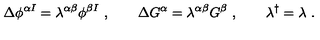
\Delta \phi ^ { \alpha I } = \lambda ^ { \alpha \beta } \phi ^ { \beta I } \ , \qquad \Delta G ^ { \alpha } = \lambda ^ { \alpha \beta } G ^ { \beta } \ , \qquad \lambda ^ { \dagger } = \lambda \ .